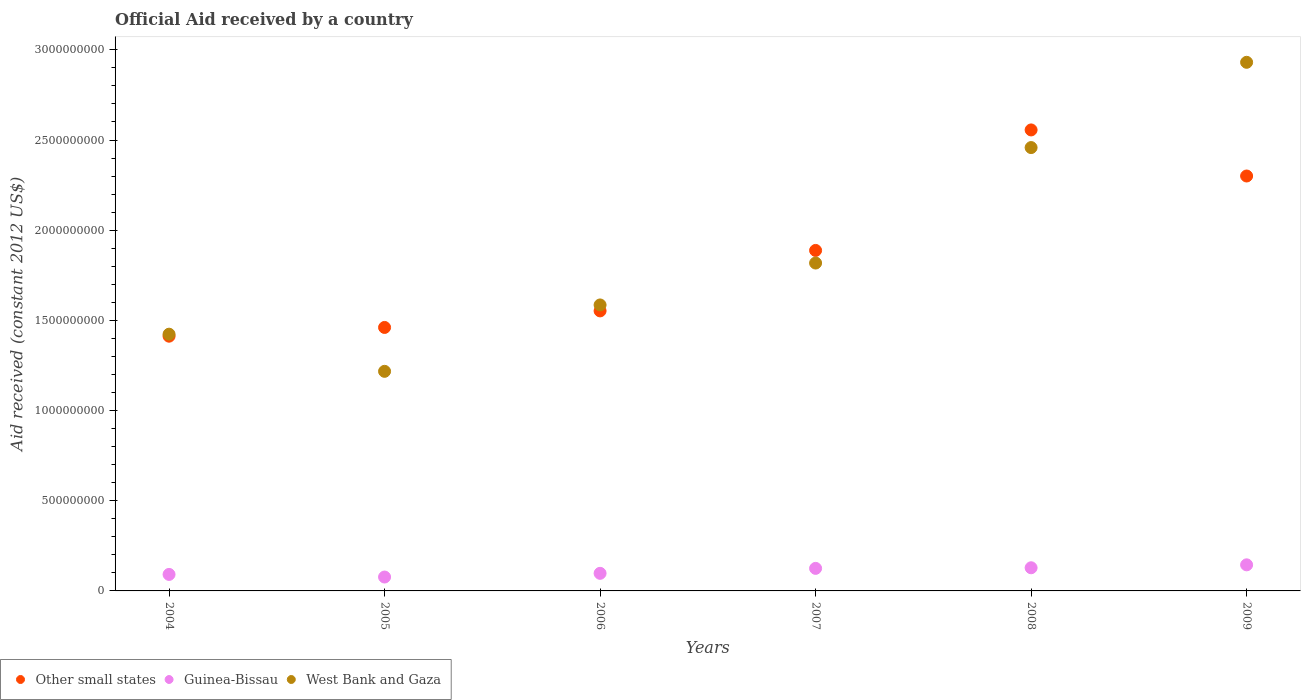
| Years | Other small states | Guinea-Bissau | West Bank and Gaza |
 | --- | --- | --- | --- |
 | 2004 | 1.41e+09 | 9.15e+07 | 1.42e+09 |
 | 2005 | 1.46e+09 | 7.7e+07 | 1.22e+09 |
 | 2006 | 1.55e+09 | 9.75e+07 | 1.59e+09 |
 | 2007 | 1.89e+09 | 1.25e+08 | 1.82e+09 |
 | 2008 | 2.56e+09 | 1.28e+08 | 2.46e+09 |
 | 2009 | 2.3e+09 | 1.45e+08 | 2.93e+09 |